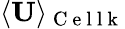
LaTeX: \langle\mathbf{U}\rangle_{\mathrm{~C~e~l~l~k~}}